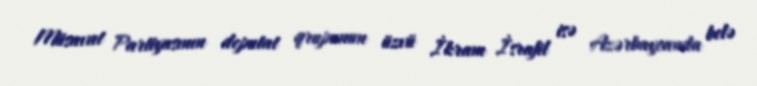
Müsavat Partiyasının deputat qrupunun üzvü İkram İsrafil isə Azərbaycanda belə